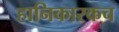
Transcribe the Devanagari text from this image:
हानिकारकच